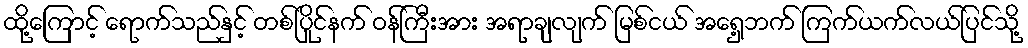
ထို့ကြောင့် ရောက်သည်နှင့် တစ်ပြိုင်နက် ဝန်ကြီးအား အရာချလျက် မြစ်ငယ် အရှေ့ဘက် ကြက်ယက်လယ်ပြင်သို့